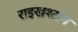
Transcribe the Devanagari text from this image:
राइखश्टाग